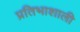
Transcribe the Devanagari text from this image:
प्रतिभाशाली